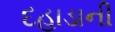
દહાડાની